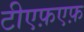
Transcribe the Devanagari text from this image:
टीएफ़एफ़